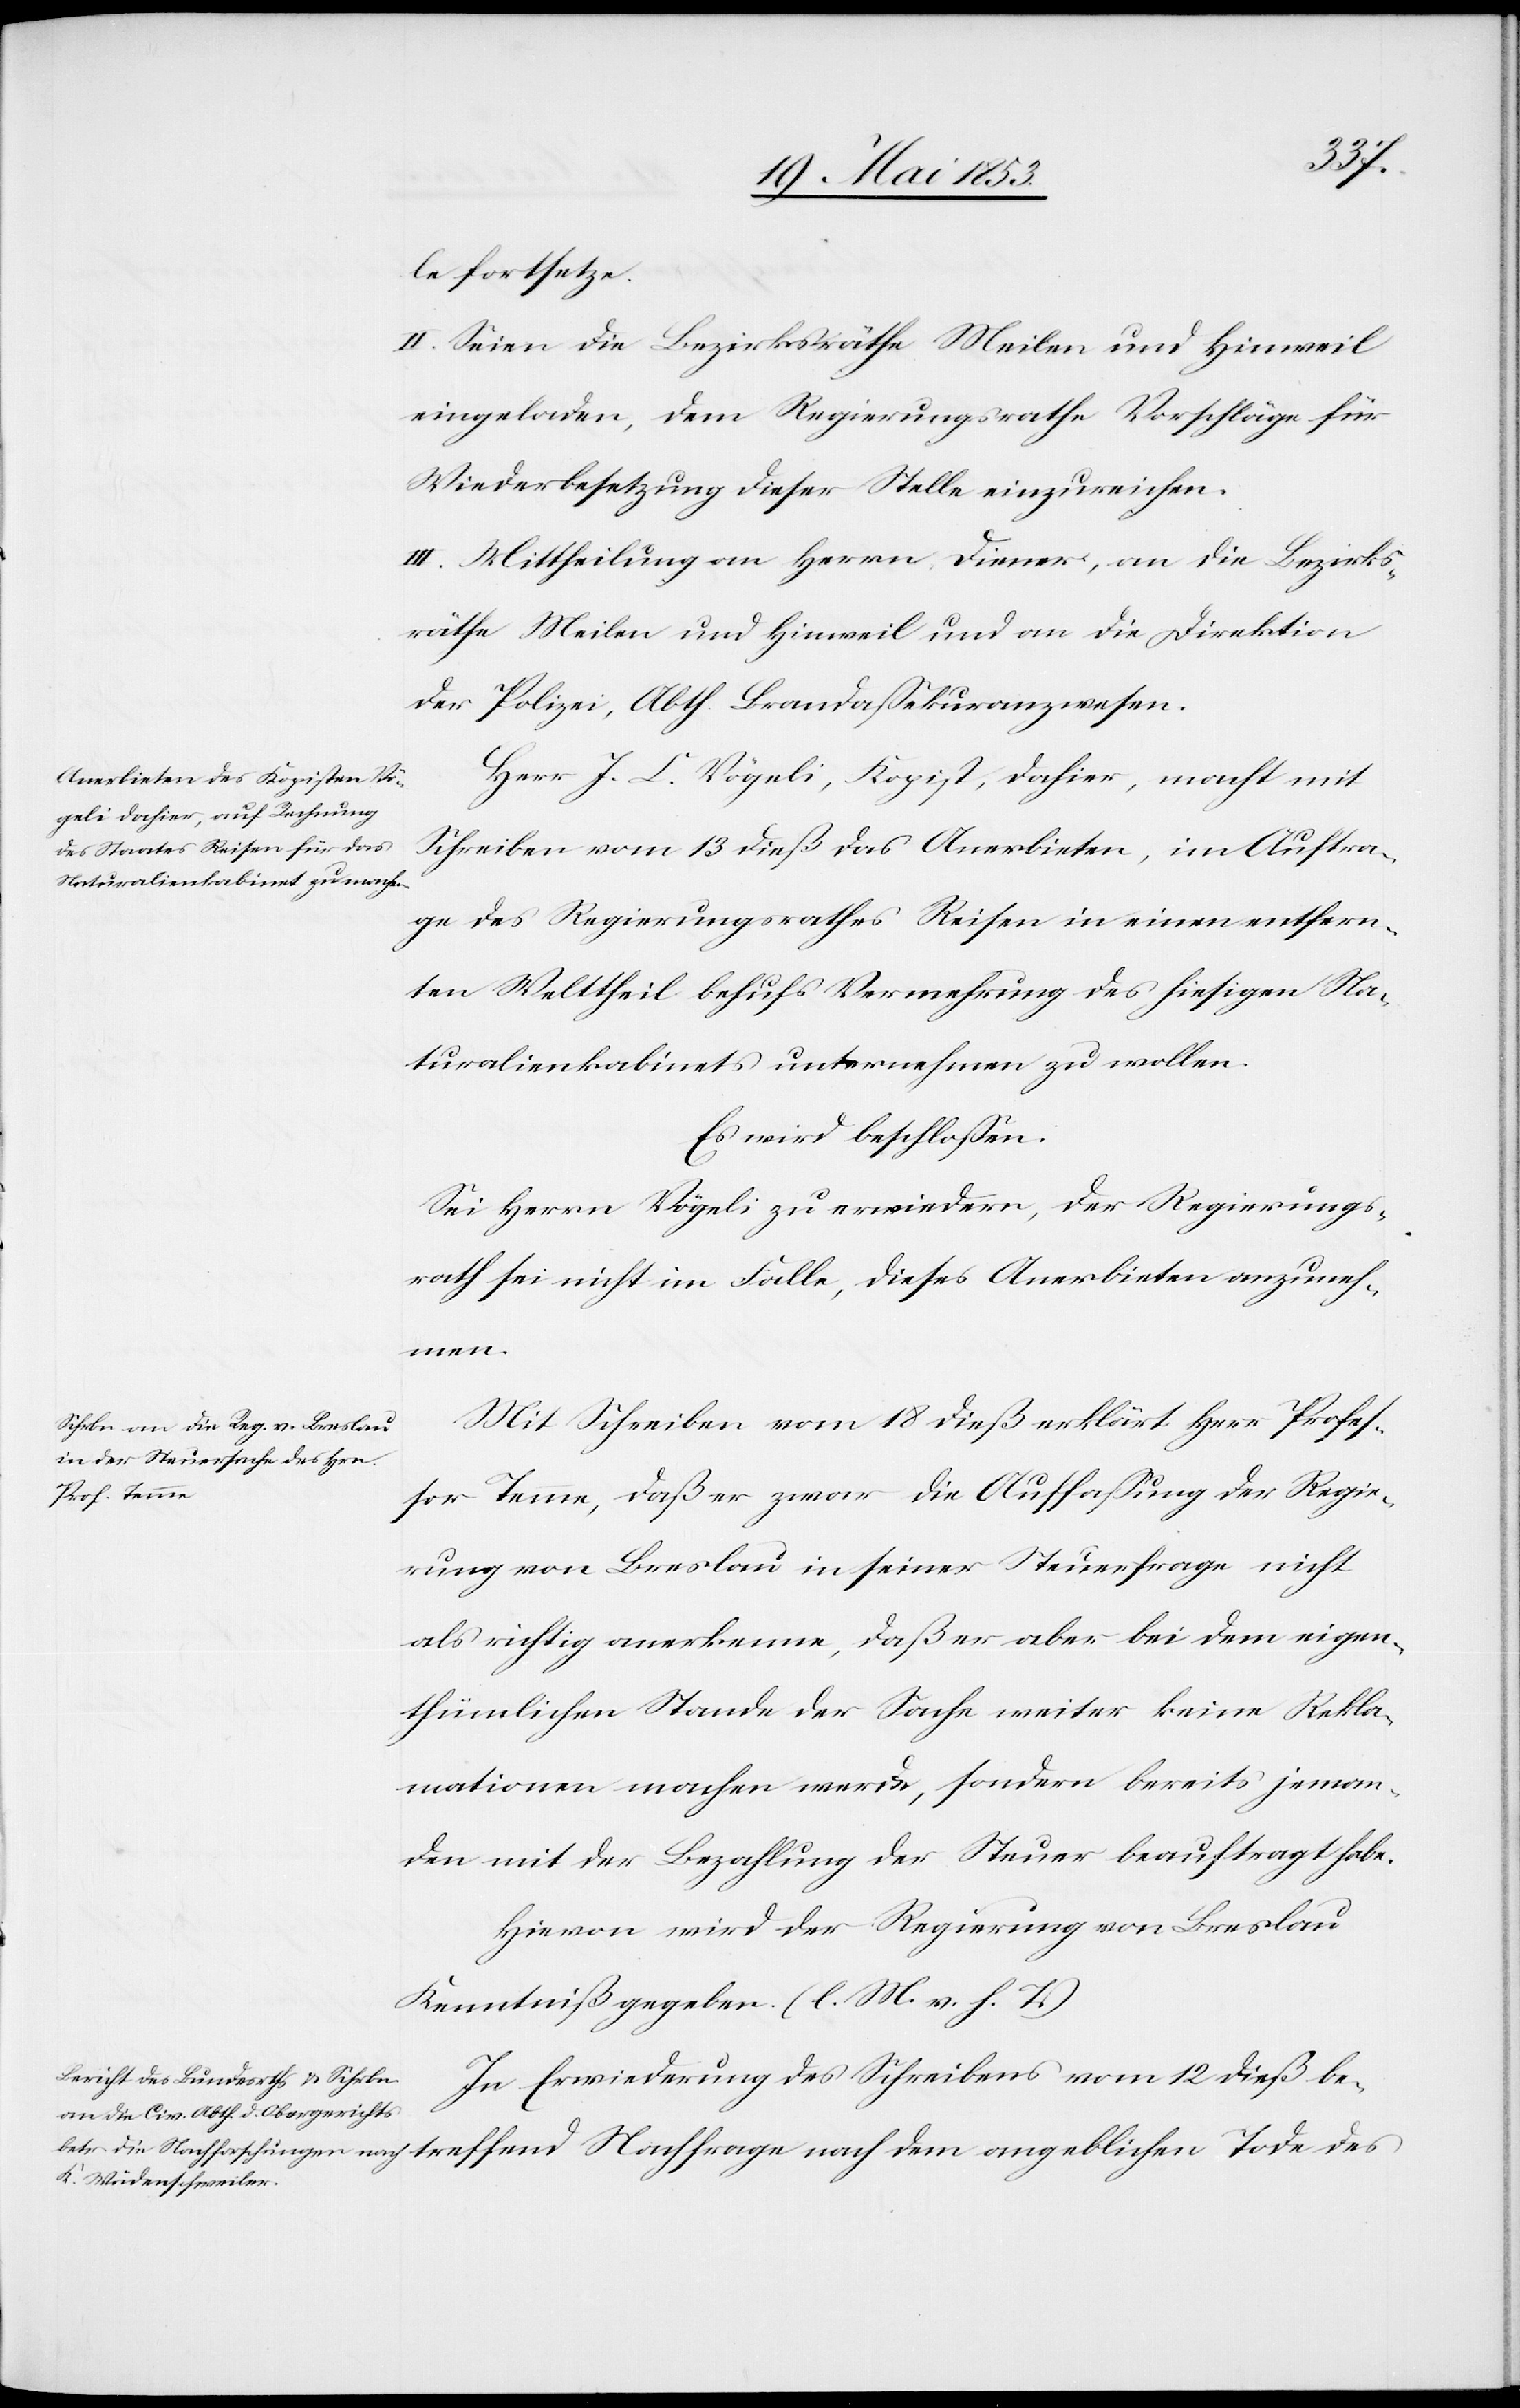
le fortsetze.
II. Seien die Bezirksräthe Meilen und Hinweil
eingeladen, dem Regierungsrathe Vorschläge für
Wiederbesetzung dieser Stelle einzureichen.
III. Mittheilung an Herrn Diener, an die Bezirks¬
räthe Meilen und Hinweil und an die Direktion
der Polizei, Abth. Landaßekuranzwesen.
Herr J. C. Vögeli, Kopist, dahier, macht mit
Schreiben vom 13 dieß das Anerbieten, im Auftra¬
ge des Regierungsrathes Reisen in einen entfern¬
ten Welttheil behufs Vermehrung des hiesigen Na¬
turalienkabinets unternehmen zu wollen.
Es wird beschloßen:
Sei Herrn Vögeli zu erwiedern, der Regierungs¬
rath sei nicht im Falle, dieses Anerbieten anzuneh¬
treffend
Mit Schreiben vom 18 dieß erklärt Herr Profeß¬
or Temme, daß er zwar die Auffaßung der Regie¬
rung von Breslau in seiner Steuerfrage nicht
als richtig anerkenne, daß er aber bei dem eigen¬
thümlichen Stande der Sache weiter keine Rekla¬
mationen machen werde, sondern bereits jeman¬
den mit der Bezahlung der Steuer beauftragt habe.
Hievon wir der Regierung von Breslau
Kenntniß gegeben. [l. M. v. h. T]
In Erwiederung des Schreibens vom 12 dieß be¬